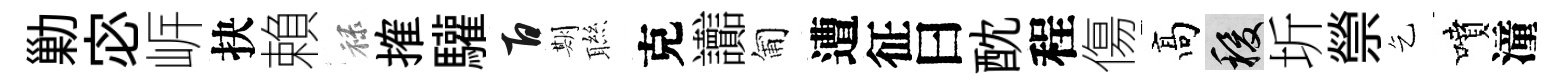
勦宓㟁抉賴禄搉驩百期聮克讟匍遭征曰酖程傷髙稷圻禜乞噴潼